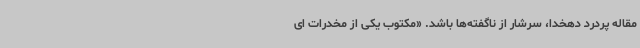
مقاله پردرد دهخدا، سرشار از ناگفته‌ها باشد. «مکتوب یکی از مخدرات ای